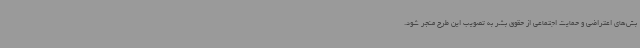
بش‌های اعتراضی و حمایت اجتماعی از حقوق بشر به تصویب این طرح منجر شود.